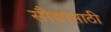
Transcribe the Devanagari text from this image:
सौद्यांसाठी